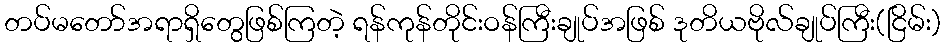
တပ်မတော်အရာရှိတွေဖြစ်ကြတဲ့ ရန်ကုန်တိုင်းဝန်ကြီးချုပ်အဖြစ် ဒုတိယဗိုလ်ချုပ်ကြီး(ငြိမ်း)